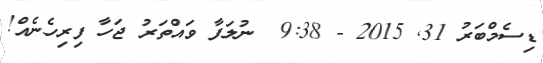
ޑިސެމްބަރު 31